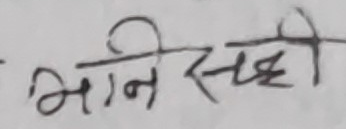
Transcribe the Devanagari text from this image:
भनिसक्यौ